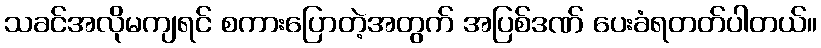
သခင်အလိုမကျရင် စကားပြောတဲ့အတွက် အပြစ်ဒဏ် ပေးခံရတတ်ပါတယ်။